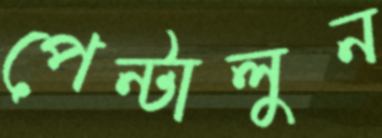
পেন্টালুন